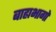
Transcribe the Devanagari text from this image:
बाह्यभागों